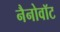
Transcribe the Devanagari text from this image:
नैनोवॉट